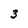
Character: 3